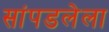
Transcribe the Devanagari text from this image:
सांपडलेला